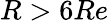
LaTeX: R>6Re